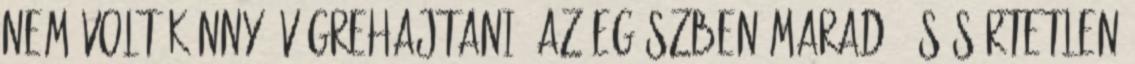
nem volt könnyű végrehajtani. Az egészben maradó és sértetlen